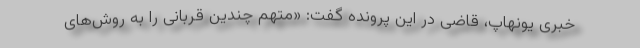
خبری یونهاپ، قاضی در این پرونده گفت: «متهم چندین قربانی را به روش‌های